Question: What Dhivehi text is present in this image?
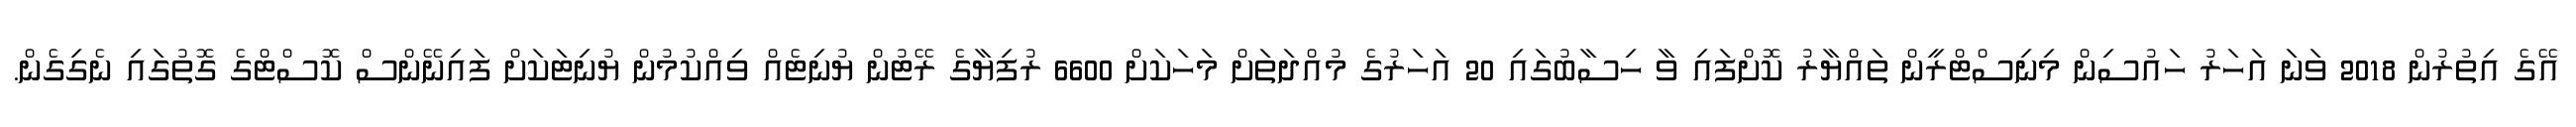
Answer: އޭގެ އިތުރުން 2018 ވަނަ އަހަރު ހައުސިން މިނިސްޓްރީން ތައްޔާރު ކޮށްފައި ވާ ހިސާބުގައި 20 އަހަރުގެ މުއްދަތަށް މަހަކަށް 6600 ރުފިޔާގެ ރޭޓުން ޔުނިޓެއް ވިއްކުމުން ޔުނިޓަކަށް ފައިނޭންސް ކޮސްޓްގެ ގޮތުގައި ނެގިގެން.